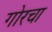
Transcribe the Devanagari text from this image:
गोरचा